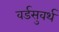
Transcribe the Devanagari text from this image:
वर्डसुवर्थ